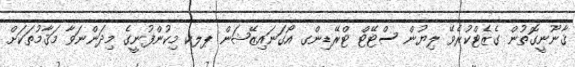
ޤާނޫނީގޮތުން ގެޒެޓްކުރެވޭ ލިޔުން ސްޓޭޓް ޓްރޭޑިންގ އޯގަނައިޒޭޝަން ޕލކ މިކުންފުނީގެ މިދަންނަވާ މަޤާމުތަކަށް